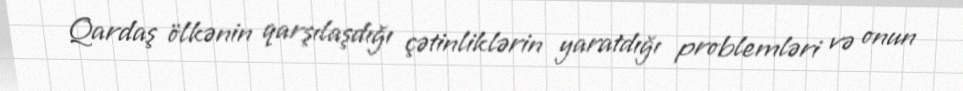
Qardaş ölkənin qarşılaşdığı çətinliklərin yaratdığı problemləri və onun